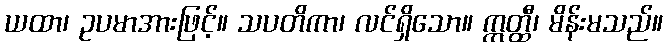
ယထာ၊ ဥပမာအားဖြင့်။ သပတိကာ၊ လင်ရှိသော။ ဣတ္ထီ၊ မိန်းမသည်။